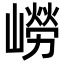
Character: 嶗